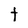
Character: t